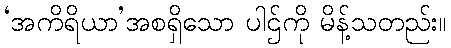
‘အကိရိယာ’အစရှိသော ပါဌ်ကို မိန့်သတည်း။